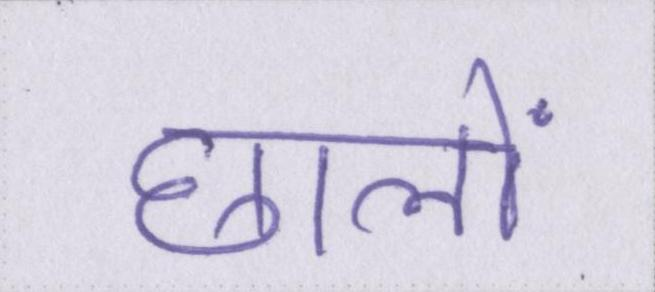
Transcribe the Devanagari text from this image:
छालों